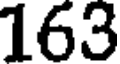
163